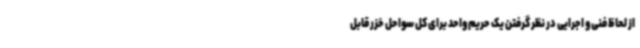
از لحاظ فنی و اجرایی در نظر گرفتن یک حریم واحد برای کل سواحل خزر قابل